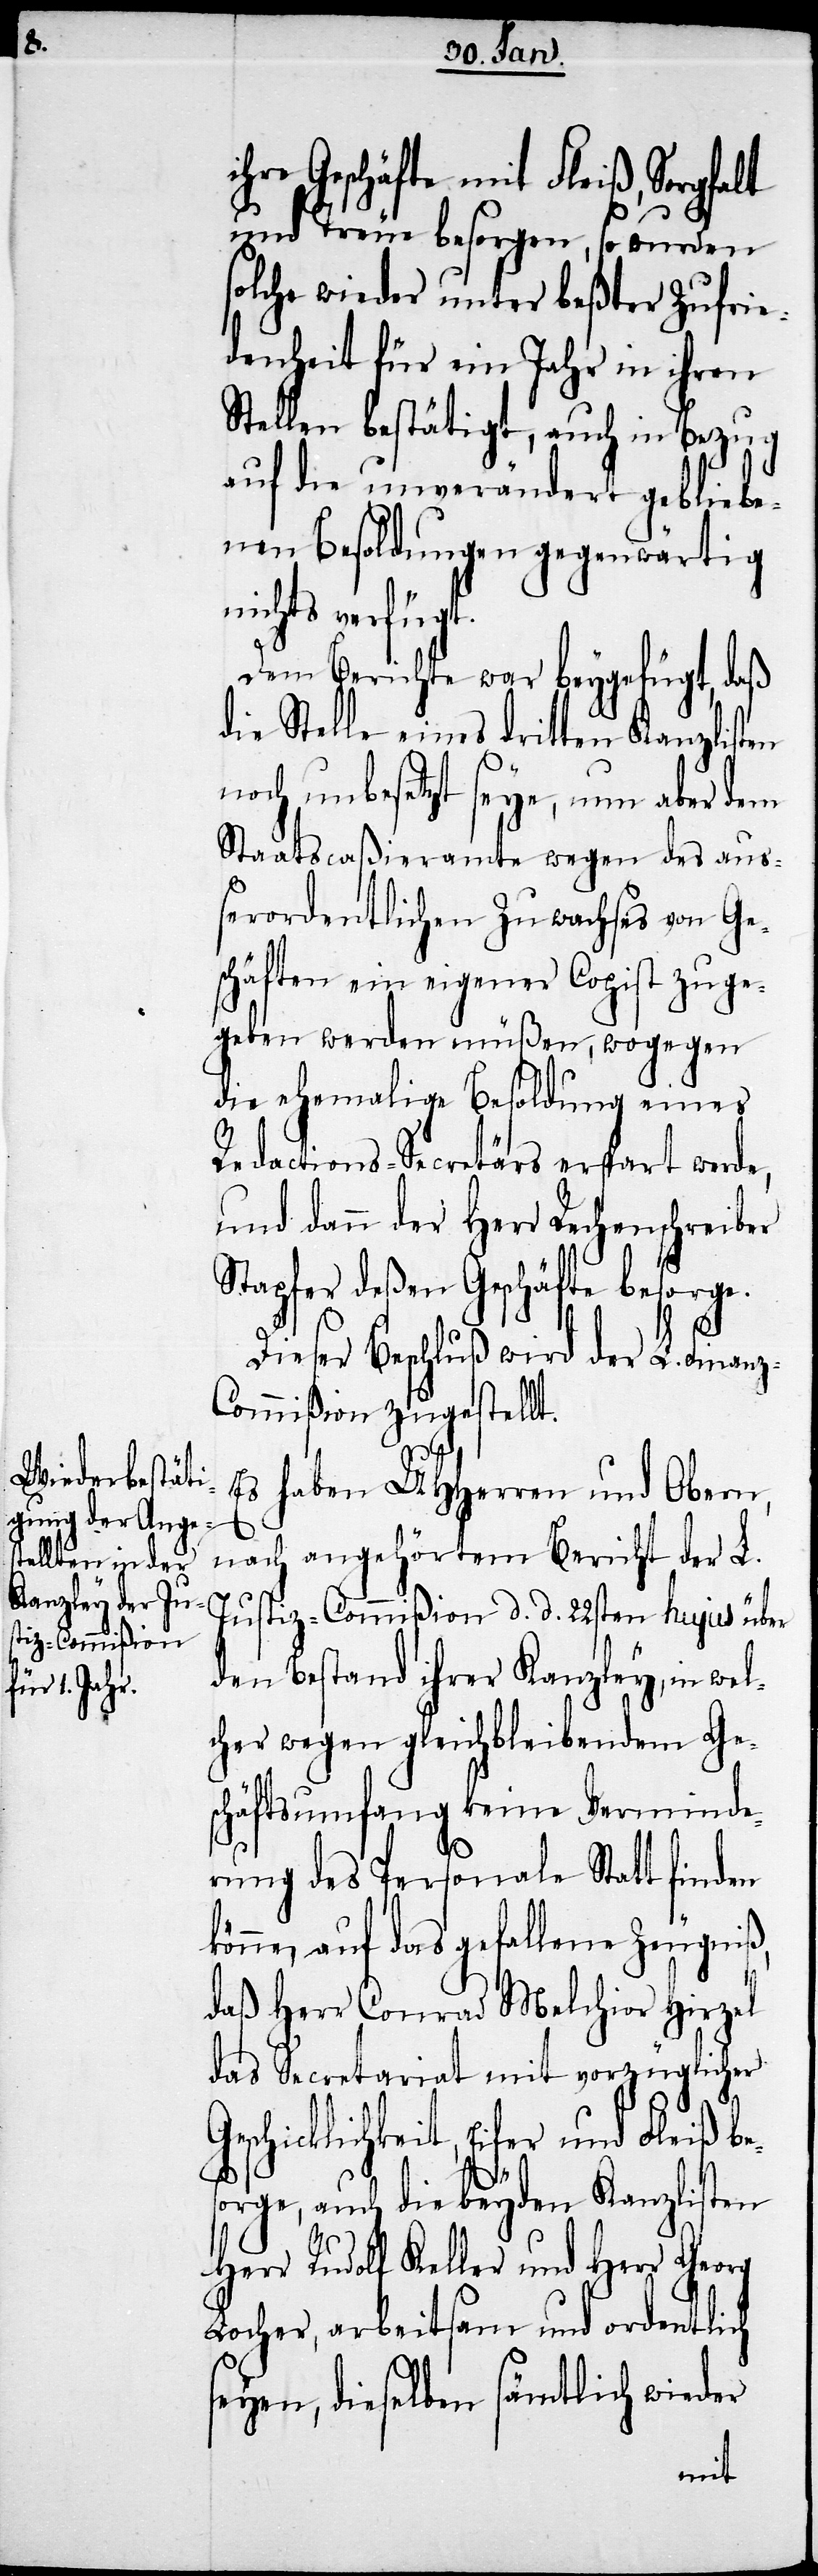
ihre Geschäfte mit Fleiß, Sorgfalt
und Treue besorgen, so wurden
solche wieder unter beßter Zufrie¬
denheit für ein Jahr in ihren
Stellen bestätigt, auch in Bezug
auf die unverändert gebliebe¬
nen Besoldungen gegenwärtig
nichts verfüg¬
Dem Berichte war beygefügt, daß
die Stelle eines dritten Kanzlisten
noch unbesetzt seye, um aber dem
Staatscaßieramte wegen des aus¬
serordentlichen Zuwachses von Ge¬
schäften ein eigener Copist zuge¬
geben werden müßen, wogegen
die ehemalige Besoldung eines
Redactions-Secretärs erspart werde,
und dann der Herr Rechenschreiber
Stapfer deßen Geschäfte besorge.
Dieser Beschluß wird der L. Finan¬
z-Commißion zugestellt.
Es haben UHHerren und Obern,
k¬
nach angehörtem Bericht der L.
Justiz-Commißion d. d. 22sten hujus über
den Bestand ihrer Kanzley, in wel¬
cher wegen gleichbleibendem Ge¬
schäftsumfang keine Verminde¬
rung des Personale Statt finden
önne, auf das gefallene Zeugniß,
daß Herr Conrad Melchior Hirzel
das Secretariat mit vorzüglicher
Geschicklichkeit, Eifer und Fleiß be¬
sorge, auch die beyden Kanzlisten
Herr Rudolf Keller und Herr Georg
Locher, arbeitsam und ordentlich
seyen, dieselben sämtlich wieder